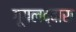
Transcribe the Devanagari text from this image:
गूगलद्वारा